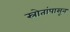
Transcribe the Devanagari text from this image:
स्रोतांपासून